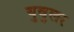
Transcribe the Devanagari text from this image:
युवुलर